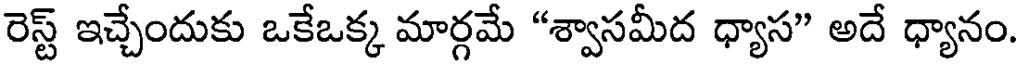
రెస్ట్ ఇచ్చేందుకు ఒకేఒక్క మార్గమే "శ్వాసమీద ధ్యాస" అదే ధ్యానం.